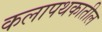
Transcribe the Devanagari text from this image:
कलापथकातील